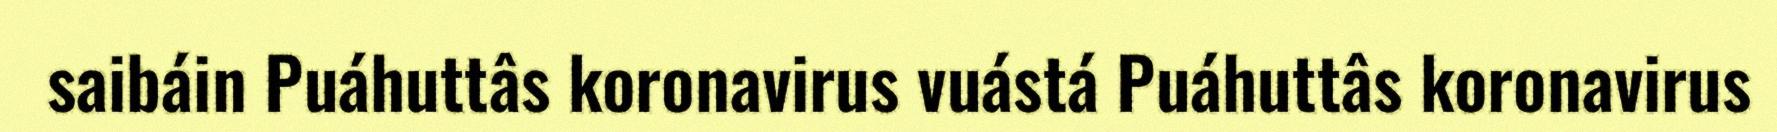
saibáin Puáhuttâs koronavirus vuástá Puáhuttâs koronavirus